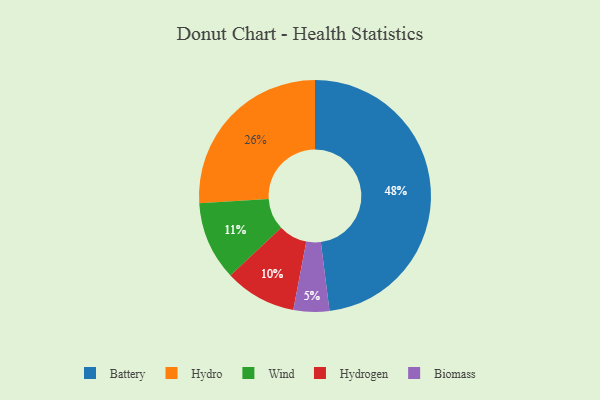
{"axis": {"x": "Category", "y": "Percentage"}, "legend": ["Battery", "Biomass", "Hydro", "Hydrogen", "Wind"], "data": [{"x": "Battery", "y": 48, "type": "Battery"}, {"x": "Biomass", "y": 5, "type": "Biomass"}, {"x": "Wind", "y": 11, "type": "Wind"}, {"x": "Hydro", "y": 26, "type": "Hydro"}, {"x": "Hydrogen", "y": 10, "type": "Hydrogen"}]}